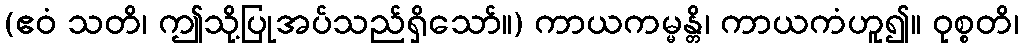
(ဧဝံ သတိ၊ ဤသို့ပြုအပ်သည်ရှိသော်။) ကာယကမ္မန္တိ၊ ကာယကံဟူ၍။ ဝုစ္စတိ၊